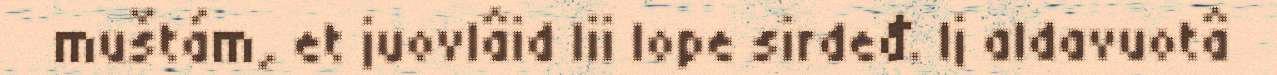
muštám, et juovlâid lii lope sirdeđ. Ij aldavuotâ